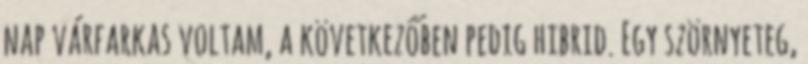
nap várfarkas voltam, a következőben pedig hibrid. Egy szörnyeteg,